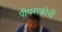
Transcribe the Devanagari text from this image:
पीपराकोथी